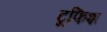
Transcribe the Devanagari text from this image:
टूफिश